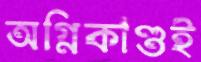
অগ্নিকাণ্ডই